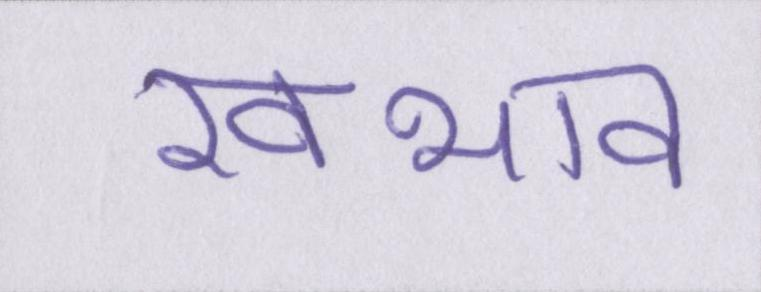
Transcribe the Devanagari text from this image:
स्वभाव